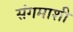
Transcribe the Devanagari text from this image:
संगमाशी